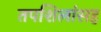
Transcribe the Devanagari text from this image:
तपशिलांसह